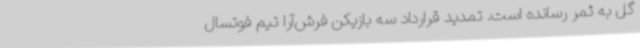
گل به ثمر رسانده است. تمدید قرارداد سه بازیکن فرش‌آرا تیم فوتسال